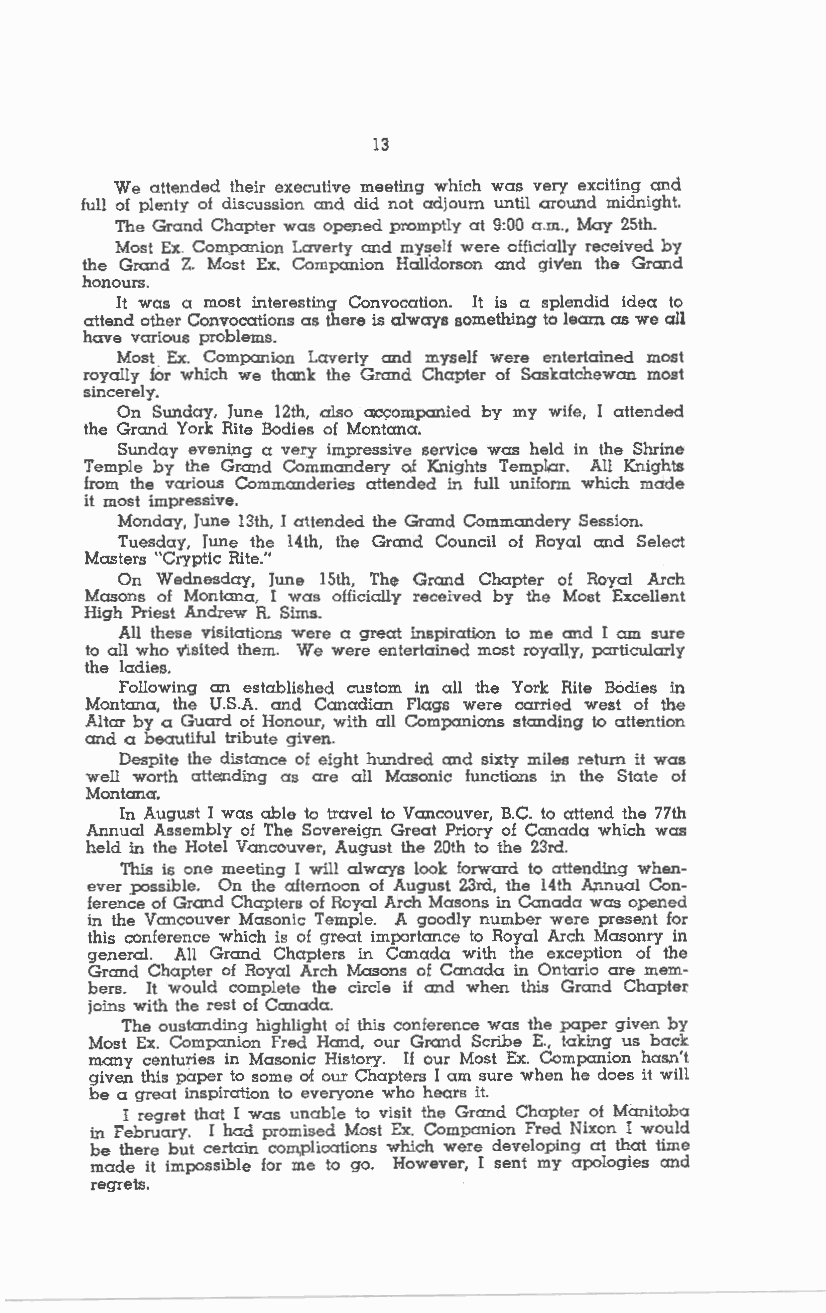
13
 We attended their executive meeting which was very exciting and
 full of plenty of discussion and did not adjourn until around midnight.
 The Grand Chapter was opened promptly at 9:00 a.m., May 25th.
 Most Ex. Companion Laverty and myself were officially received by
 the Grand Z. Most Ex. Companion Halldorson and giv'en the Grand
 honours.
 It was a most interesting Convocation. It is a splendid idea to
 attend other Convocations as there is always something to learn as we all
 have various problems.
 Most. Ex. Companion Laverty and myself were entertained most
 royally for which we thank the Grand Chapter of Saskatchewan most
 sincerely.
 On Sunday, June 12th, also acc:;ompanied by my wife, I attended
 the Grand York Rite Bodies of Montana.
 Sunday evening a very impressive service was held in the Shrine
 Temple by the Grand Commandery of Knights Temp1ar. All Knights
 from the various Commanderies attended in full uniform which made
 it most impressive.
 Monday, June 13th, I attended the Grand Commandery Session.
 Tuesday, June the 14th, the Grand Council of Royal and Select
 Masters "Cryptic Rite."
 On Wednesday, June 15th, The Grand Chapter of Royal Arch
 Masons of Montana, I was officially received by the Most Excellent
 High Priest Andrew R. Sims.
 All these visitations were a great inspiration to me and I am sure
 to all who visited them. We were entertained most royally, particularly
 the ladies.
 Following an established custom in all the Yark Rite Bodies in
 Montana, the U.S.A. and Canadian Flags were carried west of the
 Altar by a Guard of Honour, with all Companions standing to attention
 and a beautiful tribute given.
 Despite the distance of eight hundred and sixty miles return it was
 well worth atte;nding as are all Masonic functions in the State of
 Montana.
 In August I was able to travel to Vancouver, B.C. to attend the 77th
 Annual Assembly of The Sovereign Great Priory of Canada which was
 held in the Hotel Vancouver, August the 20th to the 23rd.
 This is one meeting I will always look forward to attending when
 ever possible. On the afternoon of August 23rd, the 14th Annual Con
 ference of Gr.and Chapters of Royal Arch Masons in Canada was opened
 in the Vancouver Masonic Temple. A goodly number were present for
 this conference which is of great importance to Royal Arch Masonry in
 general. All Grand Chapters in Canada with the exception of the
 Grand Chapter of Royal Arch Masons of Canada in Ontario are mem
 bers. It would complete the circle if and when this Grand Chapter
 joins with the rest of Canada.
 The oustanding highlight of this conference was the pa.per given by
 Most Ex. Companion Fred Hand, our Grand Scribe E., taking us back
 many centuries in Masonic History. If our Most Ex. Companion hasn't
 given this paper to some of our Chapters I am sure when he does it will
 be a great inspiration to everyone who hears it.
 I regret that I was unable to visit the Grand Chapter of Manitoba
 in February. I had promised Most Ex. Companion Fred Nixon I would
 be there but certain complications which were developing at that time
 made it impossible for me to go. However, I sent my apologies and
 regrets.